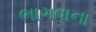
ભાગવાના